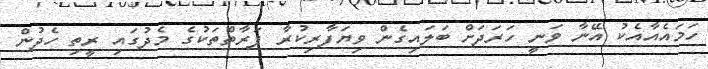
ހަމައެއާއެކު އޭނާ ވަނީ ހަރަދަށް ބަލައިގެން ވިޔަފާރިކުރާ ފަރާތްތަކުގެ މެދުގައި ރީތި ހެދުން